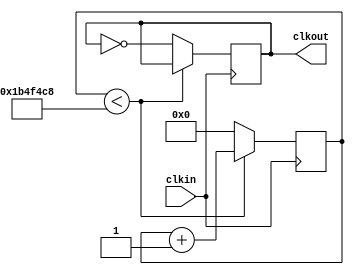
module prescaler(
	input clkin,
	output reg clkout
);

parameter f = 28636360 / 8;

reg [24:0] cntr;
always@(posedge clkin) begin
	if(cntr < 28636360)
		cntr <= cntr + 1;
	else begin
		cntr <= 0;
		clkout <= ~clkout;
	end
end


endmodule